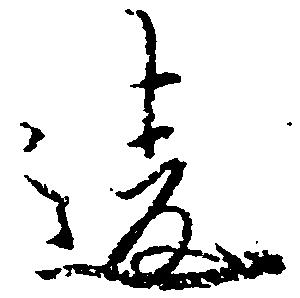
違